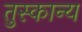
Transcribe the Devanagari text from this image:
तुस्कान्य